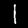
Label: 1